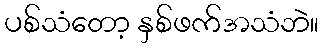
ပစ်သံတော့ နှစ်ဖက်အသံဘဲ။